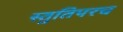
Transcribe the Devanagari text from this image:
स्तुतिपरच